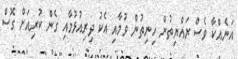
އަނެއްކާ ވެސް ރައްޔިތުން ހިނިތުން ވުމާއި އެކު ދިރިއުޅުމާއި ގެން ކުރިއަށް ގޮސް